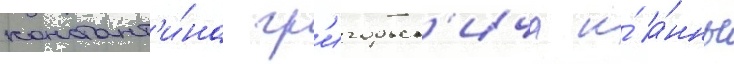
констант'и́на гр'игорьев'ича и́ а́нны